Code of medical and sanitary regulations for the guidance of medical officers serving in the Madras Presidency - Volume II
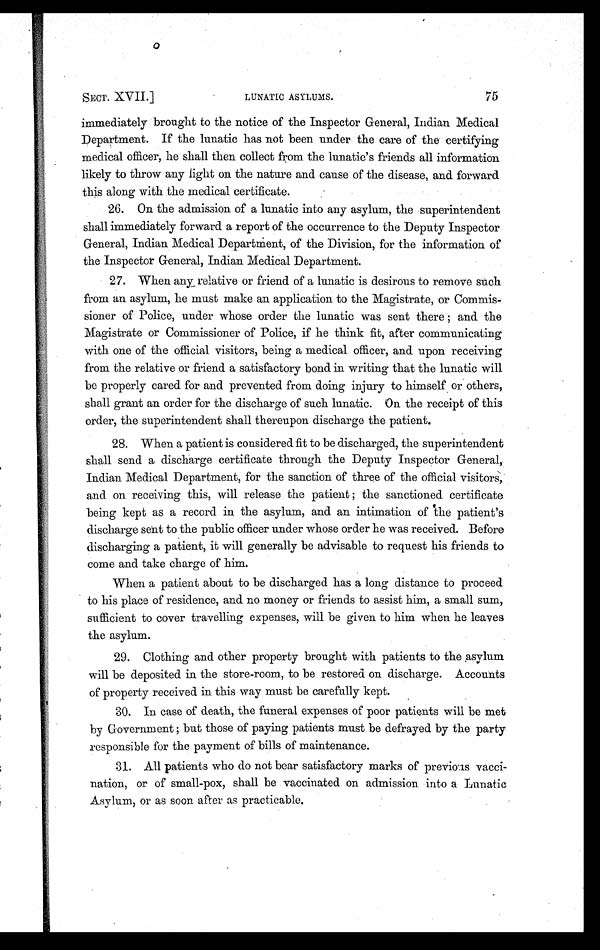
SECT. XVII.]
LUNATIC ASYLUMS.
75
immediately brought to the notice of the Inspector General, Indian Medical
Department. If the lunatic has not been under the care of the certifying
medical officer, he shall then collect from the lunatic's friends all information
likely to throw any light on the nature and cause of the disease, and forward
this along with the medical certificate.
26. On the admission of a lunatic into any asylum, the superintendent
shall immediately forward a report of the occurrence to the Deputy Inspector
General, Indian Medical Department, of the Division, for the information of
the Inspector General, Indian Medical Department.
27. When any relative or friend of a lunatic is desirous to remove such
from an asylum, he must make an application to the Magistrate, or Commis
-sioner of Police, under whose order the lunatic was sent there; and the
Magistrate or Commissioner of Police, if he think fit, after communicating
with one of the official visitors, being a medical officer, and upon receiving
from the relative or friend a satisfactory bond in writing that the lunatic will
be properly cared for and prevented from doing injury to himself or others,
shall grant an order for the discharge of such lunatic. On the receipt of this
order, the superintendent shall thereupon discharge the patient.
28. When a patient is considered fit to be discharged, the superintendent
shall send a discharge certificate through the Deputy Inspector General,
Indian Medical Department, for the sanction of three of the official visitors,
and on receiving this, will release the patient ; the sanctioned certificate
being kept as a record in the asylum, and an intimation of the patient's
discharge sent to the public officer under whose order he was received. Before
discharging a patient, it will generally be advisable to request his friends to
come and take charge of him.
When a patient about to be discharged has a long distance to proceed
to his place of residence, and no money or friends to assist him, a small sum,
sufficient to cover travelling expenses, will be given to him when he leaves
the asylum.
29. Clothing and other property brought with patients to the asylum
will be deposited in the store-room, to be restored on discharge. Accounts
of property received in this way must be carefully kept.
30. In case of death, the funeral expenses of poor patients will be met
by Government; but those of paying patients must be defrayed by the party
responsible for the payment of bills of maintenance.
31. All patients who do not bear satisfactory marks of previoas vacci
-nation, or of small-pox, shall be vaccinated on admission into a Lunatic
Asylum, or as soon after as practicable.